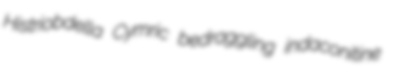
Histriobdella Cymric bedraggling indaconitine